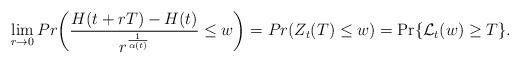
LaTeX: \begin{align*}\lim_{r\rightarrow 0}Pr\biggl (\frac{H(t+rT)-H(t)}{r^{\frac{1}{\alpha (t)}}}\leq w\biggr )=Pr(Z_{t}(T)\leq w)= \Pr \{\mathcal{L}_t(w)\geq T \}.\end{align*}